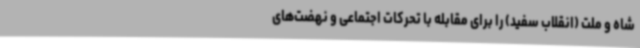
شاه و ملت (انقلاب سفید) را برای مقابله با تحرکات اجتماعی و نهضت‌های